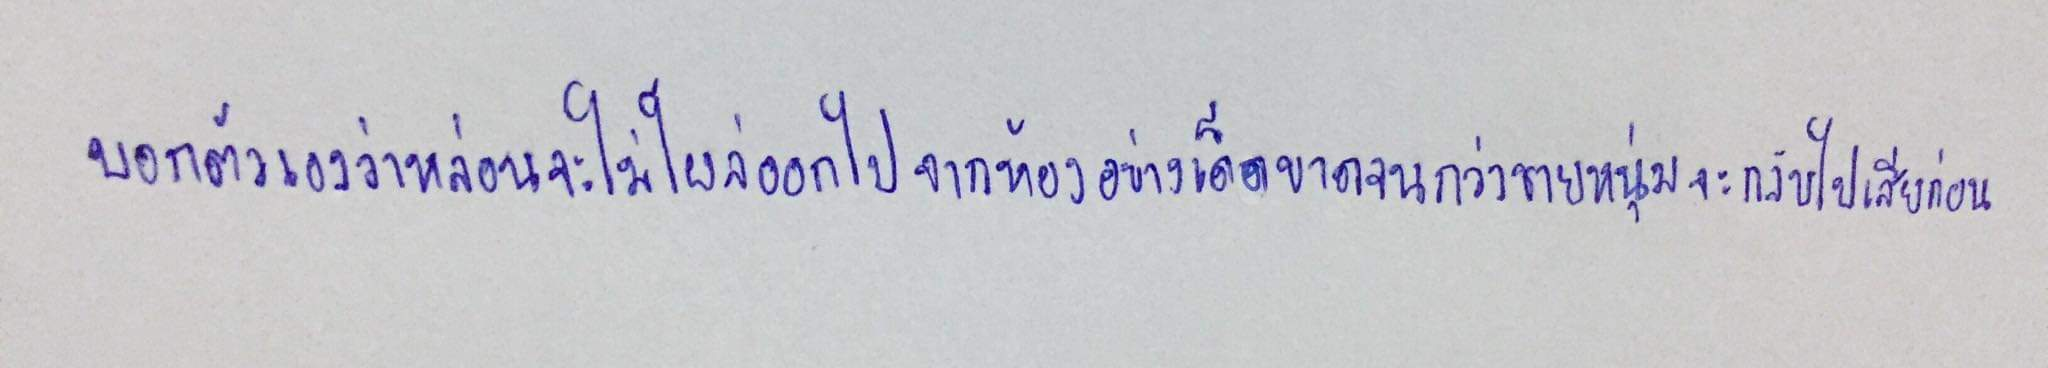
บอกตัวเองว่าหล่อนจะไม่โผล่ออกไปจากห้องอย่างเด็ดขาดจนกว่าชายหนุ่มจะกลับไปเสียก่อน